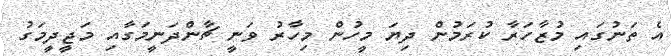
އެ ތަނުގައި މުޒާހަރާ ކުރަމުން ދިޔަ މީހުން މިހާރު ވަނީ ޗާންދަނީމަގާއި މަޖީދީމަގު